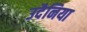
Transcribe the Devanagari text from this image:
उदैनिया